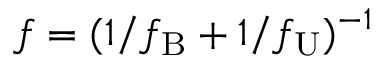
f = ( 1 / f _ { \mathrm { B } } + 1 / f _ { \mathrm { U } } ) ^ { - 1 }